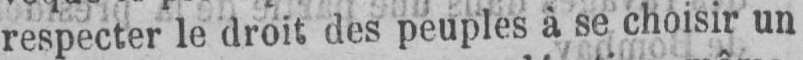
respecter le droit des peuples à se choisir un